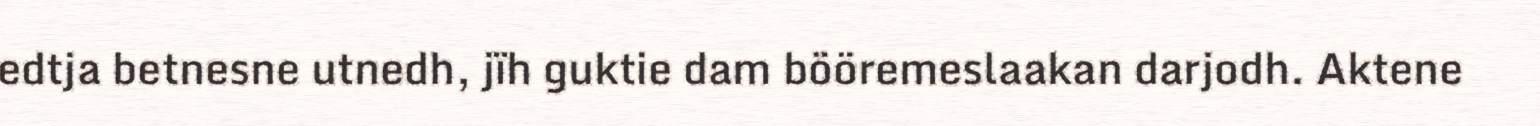
edtja betnesne utnedh, jïh guktie dam bööremeslaakan darjodh. Aktene